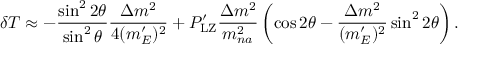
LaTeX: \delta T \approx - \frac { \sin ^ { 2 } 2 \theta } { \sin ^ { 2 } \theta } \frac { \Delta m ^ { 2 } } { 4 { ( m _ { E } ^ { \prime } ) ^ { 2 } } } + P _ { \mathrm { L Z } } ^ { \prime } \frac { \Delta m ^ { 2 } } { m _ { n a } ^ { 2 } } \left( \cos 2 \theta - \frac { \Delta m ^ { 2 } } { { ( m _ { E } ^ { \prime } ) ^ { 2 } } } \sin ^ { 2 } 2 \theta \right) .